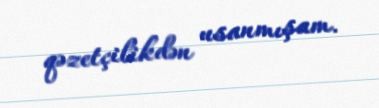
qəzetçilikdən usanmışam.